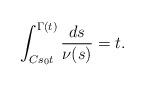
LaTeX: \begin{align*}\int_{C s_0 t}^{\Gamma(t)} \frac{ds}{\nu(s)} = t.\end{align*}